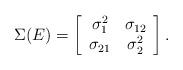
LaTeX: \begin{align*} \Sigma(E) = \left[ \begin{array}{cc} \sigma^2_{1} & \sigma_{12} \\ \sigma_{21} & \sigma^2_2 \end{array} \right].\end{align*}